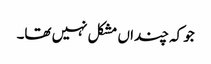
جو کہ چنداں مشکل نہیں تھا۔